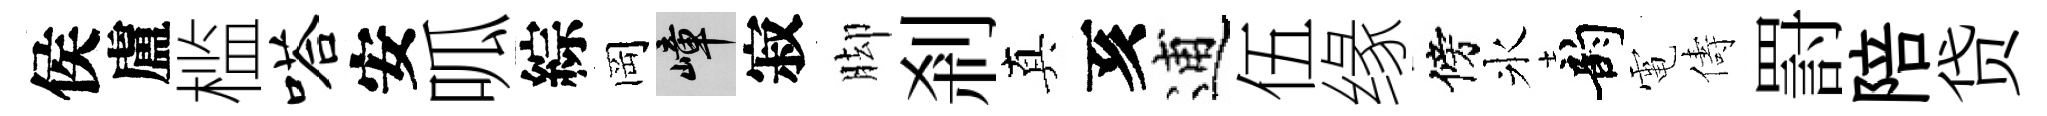
侯盧槛嗒安呱綜岡嶂寂脚剎真亥逋伍缘傍氷韵電儔罸陪贷